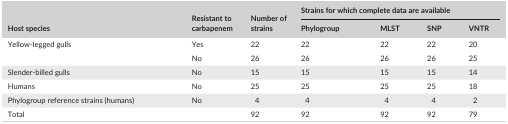
<table><thead><tr><td rowspan="2"><b>Host species</b></td><td rowspan="2"><b>Resistant to carbapenem</b></td><td rowspan="2"><b>Number of strains</b></td><td colspan="4"><b>Strains for which complete data are available</b></td></tr><tr><td><b>Phylogroup</b></td><td><b>MLST</b></td><td><b>SNP</b></td><td><b>VNTR</b></td></tr></thead><tbody><tr><td rowspan="2">Yellow‐legged gulls</td><td>Yes</td><td>22</td><td>22</td><td>22</td><td>22</td><td>20</td></tr><tr><td>No</td><td>26</td><td>26</td><td>26</td><td>26</td><td>25</td></tr><tr><td>Slender‐billed gulls</td><td>No</td><td>15</td><td>15</td><td>15</td><td>15</td><td>14</td></tr><tr><td>Humans</td><td>No</td><td>25</td><td>25</td><td>25</td><td>25</td><td>18</td></tr><tr><td>Phylogroup reference strains (humans)</td><td>No</td><td>4</td><td>4</td><td>4</td><td>4</td><td>2</td></tr><tr><td>Total</td><td></td><td>92</td><td>92</td><td>92</td><td>92</td><td>79</td></tr></tbody></table>